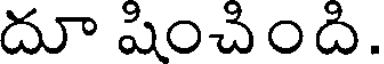
దూ షించింది.